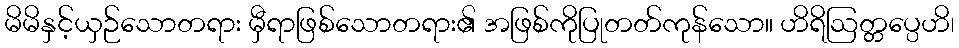
မိမိနှင့်ယှဉ်သောတရား မှီရာဖြစ်သောတရား၏ အဖြစ်ကိုပြုတတ်ကုန်သော။ ဟိရိဩတ္တပ္ပေဟိ၊